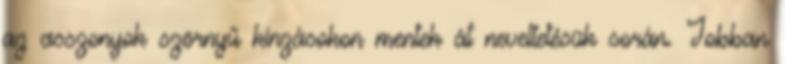
az asszonyok szörnyű kínzásokon mentek át neveltetésük során. Jobban